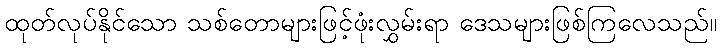
ထုတ်လုပ်နိုင်သော သစ်တောများဖြင့်ဖုံးလွှမ်းရာ ဒေသများဖြစ်ကြလေသည်။